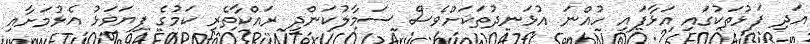
އަދި ފަޅުތަކުގައި އަޅާފައި ހުއްނަ އުޅަނދުތަކަށްވެސް ސަމާލުކަންދީ ރައްކާތެރި ކަމުގެ ފިޔަވަޅު އެޅުމަށާއި